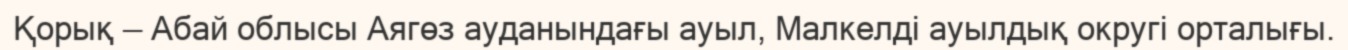
Қорық — Абай облысы Аягөз ауданындағы ауыл, Малкелді ауылдық округі орталығы.